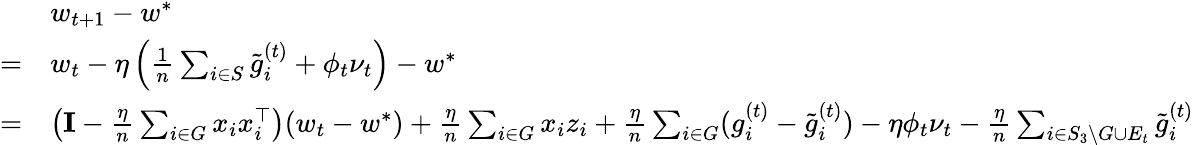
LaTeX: \begin{array}{rl}&{w_{t+1}-w^{*}}\\ {=}&{w_{t}-\eta\left(\frac{1}{n}\sum_{i\in S}\tilde{g}_{i}^{(t)}+\phi_{t}\nu_{t}\right)-w^{*}}\\ {=}&{\left(\mathbf{I}-\frac{\eta}{n}\sum_{i\in G}x_{i}x_{i}^{\top}\right)(w_{t}-w^{*})+\frac{\eta}{n}\sum_{i\in G}x_{i}z_{i}+\frac{\eta}{n}\sum_{i\in G}(g_{i}^{(t)}-\tilde{g}_{i}^{(t)})-\eta\phi_{t}\nu_{t}-\frac{\eta}{n}\sum_{i\in S_{3}\setminus G\cup E_{t}}\tilde{g}_{i}^{(t)}}\end{array}